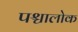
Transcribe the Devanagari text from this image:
पश्चालोक